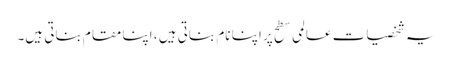
یہ شخصیات عالمی سطح پر اپنا نام بناتی ہیں ، اپنا مقام بناتی ہیں۔